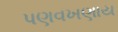
પણવખણાય